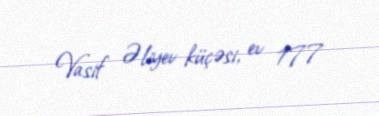
Vasif Əliyev küçəsi, ev 177